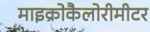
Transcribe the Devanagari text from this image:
माइक्रोकैलोरीमीटर